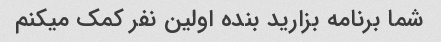
شما برنامه بزارید بنده اولین نفر کمک میکنم